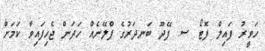
ހަވީރު ފައިލް ފޮޓޯ ސ. ފޭދޫ ބަނދަރުގެ ޕްލޭނެއް ހަދަން ޖެހިފައިވާ ކަމަށް